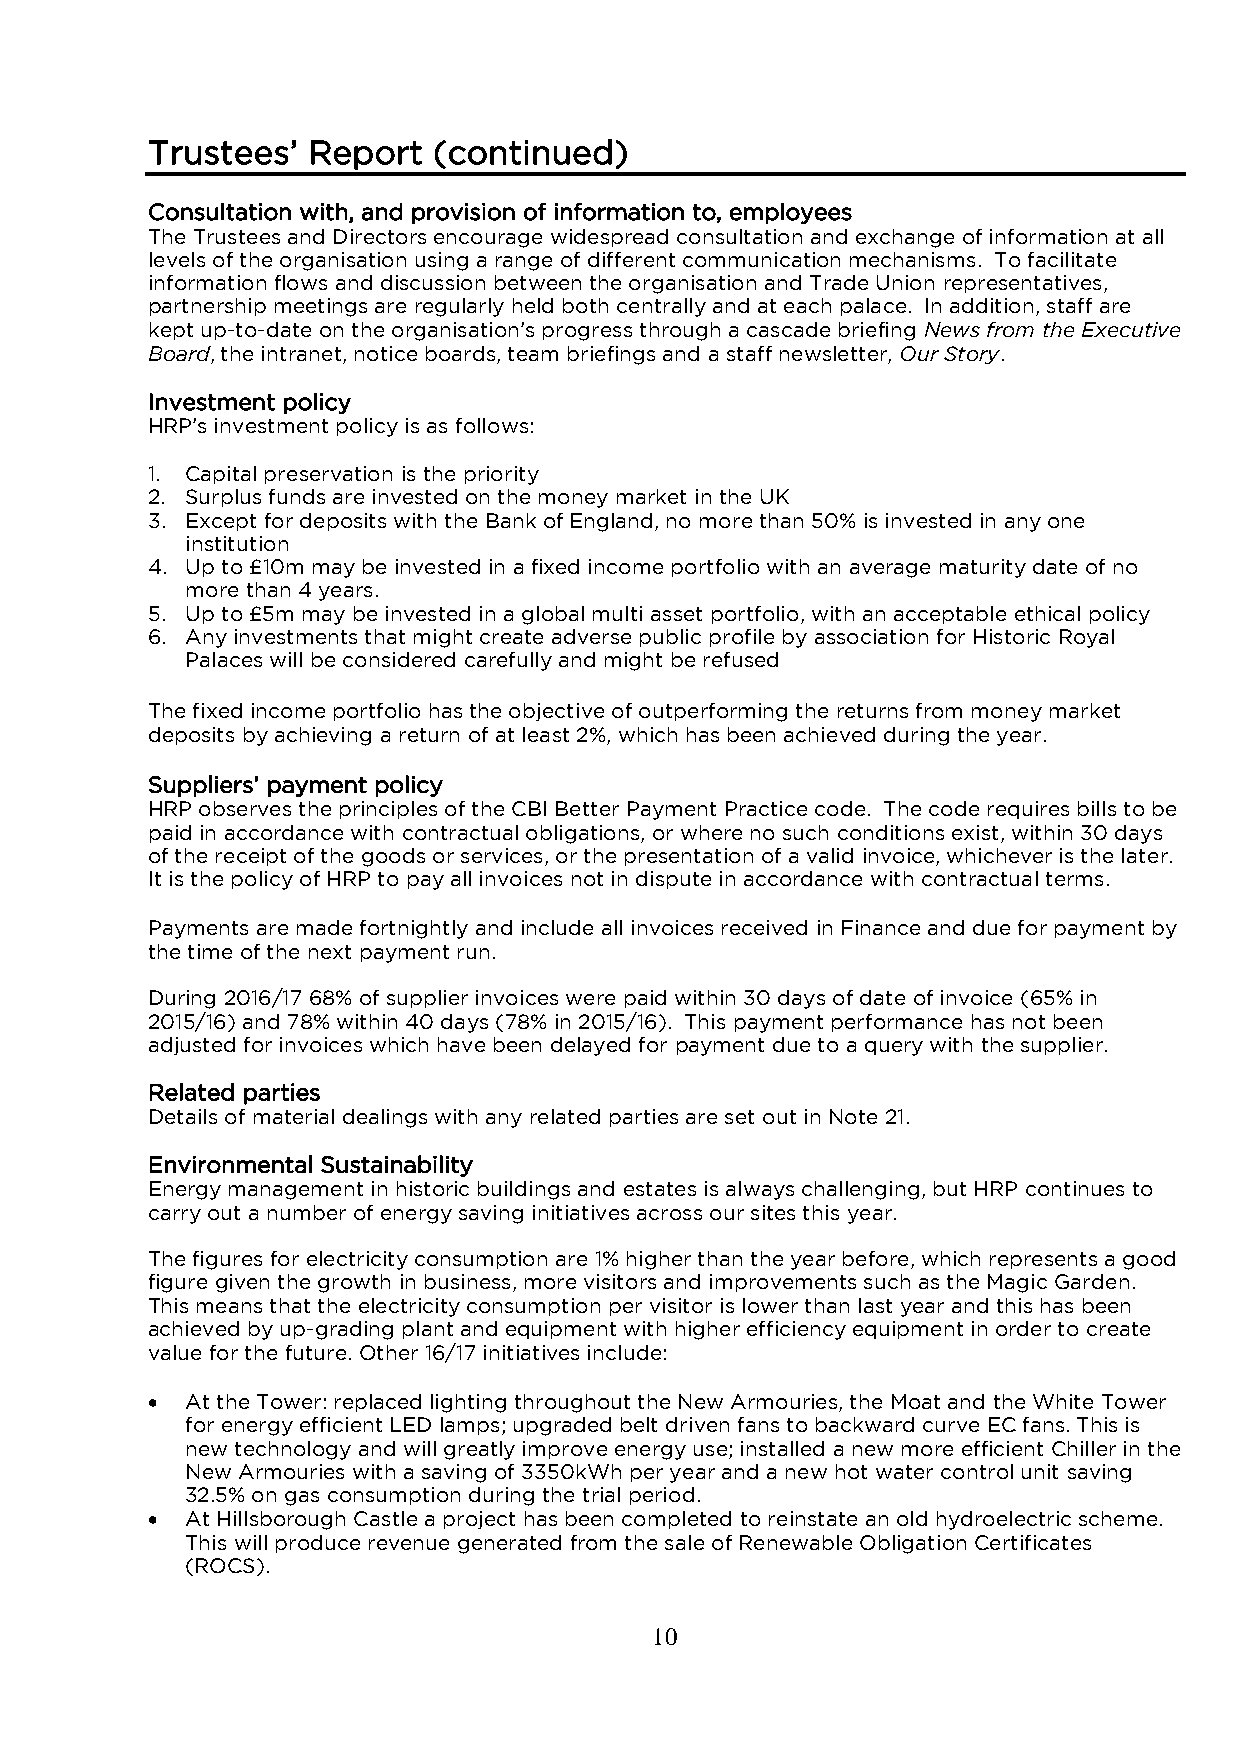
Trustees’ Report   (continued)
 Consultation with, and provision of information to, employees
 The Trustees and Directors encourage widespread consultation and exchange of information at all
 levels of the organisation using a range of different communication mechanisms. To facilitate
 information flows and discussion between the organisation and Trade Union representatives,
 partnership meetings are regularly held both centrally and at each palace. In addition, staff are
 kept up-to-date on the organisation’s progress through a cascade briefing News from the Executive
 Board, the intranet, notice boards, team briefings and a staff newsletter, Our Story.
 Investment policy
 HRP’s investment policy is as follows:
 1. Capital preservation is the priority
 2. Surplus funds are invested on the money market in the UK
 3. Except for deposits with the Bank of England, no more than 50% is invested in any one
 institution
 4. Up to £10m may be invested in a fixed income portfolio with an average maturity date of no
 more than 4 years.
 5. Up to £5m may be invested in a global multi asset portfolio, with an acceptable ethical policy
 6. Any investments that might create adverse public profile by association for Historic Royal
 Palaces will be considered carefully and might be refused
 The fixed income portfolio has the objective of outperforming the returns from money market
 deposits by achieving a return of at least 2%, which has been achieved during the year.
 Suppliers’ payment policy
 HRP observes the principles of the CBI Better Payment Practice code. The code requires bills to be
 paid in accordance with contractual obligations, or where no such conditions exist, within 30 days
 of the receipt of the goods or services, or the presentation of a valid invoice, whichever is the later.
 It is the policy of HRP to pay all invoices not in dispute in accordance with contractual terms.
 Payments are made fortnightly and include all invoices received in Finance and due for payment by
 the time of the next payment run.
 During 2016/17 68% of supplier invoices were paid within 30 days of date of invoice (65% in
 2015/16) and 78% within 40 days (78% in 2015/16). This payment performance has not been
 adjusted for invoices which have been delayed for payment due to a query with the supplier.
 Related parties
 Details of material dealings with any related parties are set out in Note 21.
 Environmental Sustainability
 Energy management in historic buildings and estates is always challenging, but HRP continues to
 carry out a number of energy saving initiatives across our sites this year.
 The figures for electricity consumption are 1% higher than the year before, which represents a good
 figure given the growth in business, more visitors and improvements such as the Magic Garden.
 This means that the electricity consumption per visitor is lower than last year and this has been
 achieved by up-grading plant and equipment with higher efficiency equipment in order to create
 value for the future. Other 16/17 initiatives include:
  At the Tower: replaced lighting throughout the New Armouries, the Moat and the White Tower
 for energy efficient LED lamps; upgraded belt driven fans to backward curve EC fans. This is
 new technology and will greatly improve energy use; installed a new more efficient Chiller in the
 New Armouries with a saving of 3350kWh per year and a new hot water control unit saving
 32.5% on gas consumption during the trial period.
  At Hillsborough Castle a project has been completed to reinstate an old hydroelectric scheme.
 This will produce revenue generated from the sale of Renewable Obligation Certificates
 (ROCS).
 10